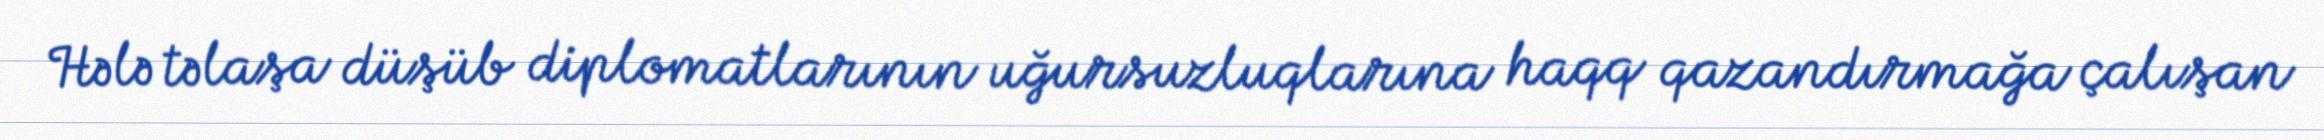
Hələ təlaşa düşüb diplomatlarının uğursuzluqlarına haqq qazandırmağa çalışan